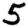
Digit: 5